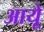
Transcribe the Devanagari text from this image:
आयूे